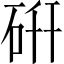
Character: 硏